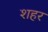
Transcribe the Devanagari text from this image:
श्‍ाहर